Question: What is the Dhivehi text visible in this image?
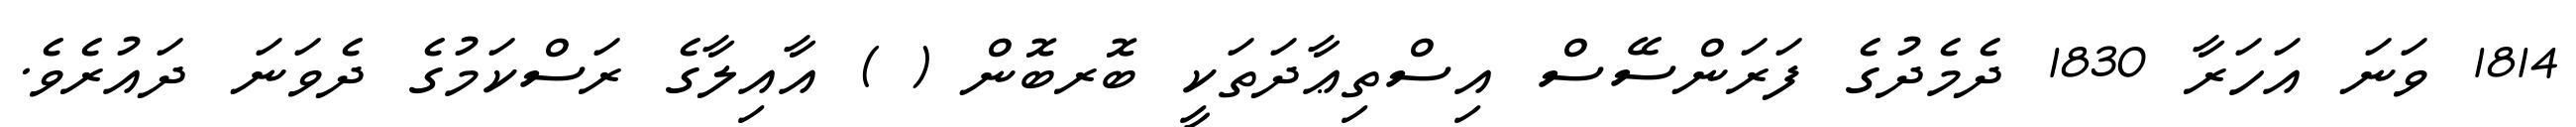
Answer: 1814 ވަނަ އަހަރާ 1830 ދެމެދުގެ ފަރަންސޭސް އިސްތިޢާދަތަކީ ބޮރބޮން ( ) އާއިލާގެ ރަސްކަމުގެ ދެވަނަ ދައުރެވެ.